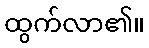
ထွက်လာ၏။